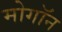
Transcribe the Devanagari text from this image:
मोगॉन